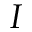
I